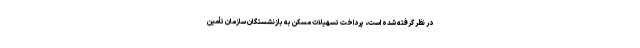
در نظر گرفته شده است، پرداخت تسهیلات مسکن به بازنشستگان سازمان تأمین